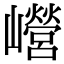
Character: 巆